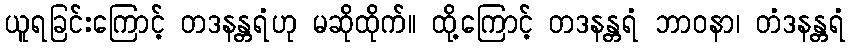
ယူရခြင်းကြောင့် တဒနန္တရံဟု မဆိုထိုက်။ ထို့ကြောင့် တဒနန္တရံ ဘာဝနာ၊ တံဒနန္တရံ